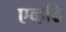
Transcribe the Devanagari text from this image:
एव्हढि